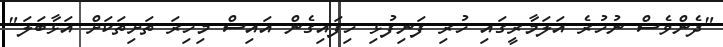
"ދެންވެސް ނުހުރެ އަލަމާރީގައި ހުރި ފަނިފުޅި ހިފައިގެން އައިސް މިހިރަ ތަށިތަކަށް އަޅާބަލަ"